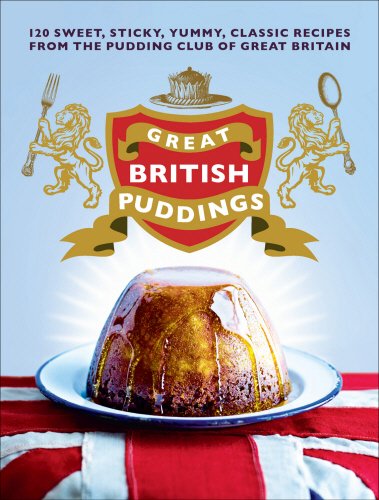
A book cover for Great British Puddings: 140 Sweet, Sticky, Yummy, Classic Recipes from the Pudding Club of Great Britain; The Pudding Club; Cookbooks, Food & Wine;